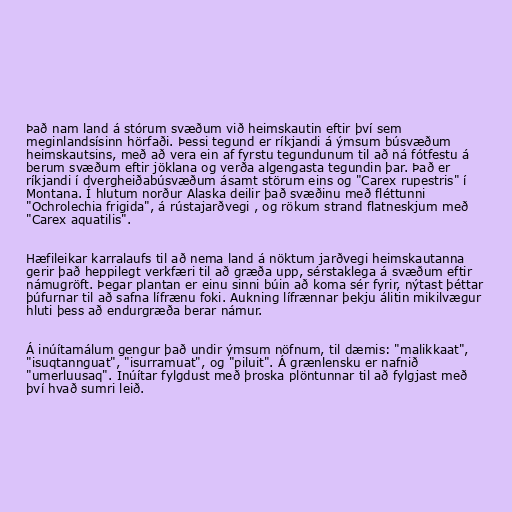
Það nam land á stórum svæðum við heimskautin eftir því sem
meginlandsísinn hörfaði. Þessi tegund er ríkjandi á ýmsum búsvæðum
heimskautsins, með að vera ein af fyrstu tegundunum til að ná fótfestu á
berum svæðum eftir jöklana og verða algengasta tegundin þar. Það er
ríkjandi í dvergheiðabúsvæðum ásamt störum eins og "Carex rupestris" í
Montana. Í hlutum norður Alaska deilir það svæðinu með fléttunni
"Ochrolechia frigida", á rústajarðvegi , og rökum strand flatneskjum með
"Carex aquatilis".

Hæfileikar karralaufs til að nema land á nöktum jarðvegi heimskautanna
gerir það heppilegt verkfæri til að græða upp, sérstaklega á svæðum eftir
námugröft. Þegar plantan er einu sinni búin að koma sér fyrir, nýtast þéttar
þúfurnar til að safna lífrænu foki. Aukning lífrænnar þekju álitin mikilvægur
hluti þess að endurgræða berar námur.

Á inúítamálum gengur það undir ýmsum nöfnum, til dæmis: "malikkaat",
"isuqtannguat", "isurramuat", og "piluit". Á grænlensku er nafnið
"umerluusaq". Inúítar fylgdust með þroska plöntunnar til að fylgjast með
því hvað sumri leið.